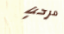
مرحبا